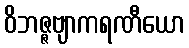
ဝိဘဇ္ဇဗျာကရဏီယော